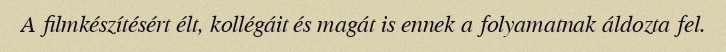
A filmkészítésért élt, kollégáit és magát is ennek a folyamatnak áldozta fel.